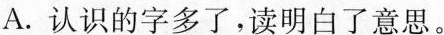
A.认识的字多了，读明白了意思。